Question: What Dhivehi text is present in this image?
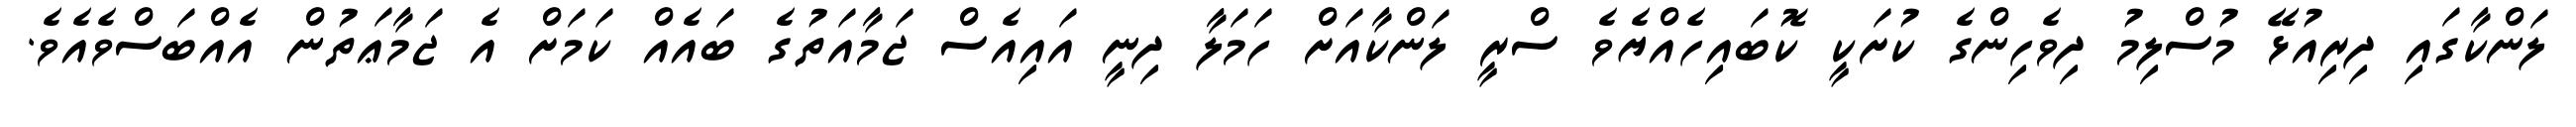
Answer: ލަންކާގައި ދިރިއުޅޭ މުސްލިމު ދިވެހިންގެ ކުށަކީ ކޮބައިހެއްޔެވެ ސްރީ ލަންކާއަށް ހަމަލާ ދިނީ އައިއެސް ޖަމާއަތުގެ ބައެއް ކަމަށް އެ ޖަމާޢަތުން އެއްބަސްވެއެވެ.